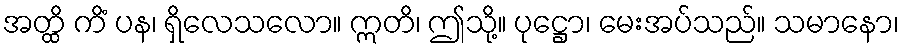
အတ္ထိ ကိံ ပန၊ ရှိလေသလော။ ဣတိ၊ ဤသို့။ ပုဋ္ဌော၊ မေးအပ်သည်။ သမာနော၊